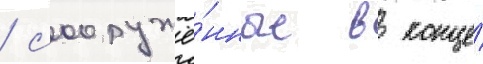
/ сооружё́нные в конце́